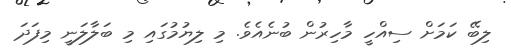
ލިބޭ ކަމަށް ސިއްހީ މާހިރުން ބުނެއެވެ. މި ލިޔުމުގައި މި ބަލާލަނީ މިފަދަ